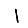
Digit: 1